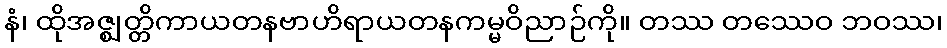
နံ၊ ထိုအဇ္ဈတ္တိကာယတနဗာဟိရာယတနကမ္မဝိညာဉ်ကို။ တဿ တဿေဝ ဘဝဿ၊